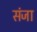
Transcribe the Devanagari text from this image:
संजा